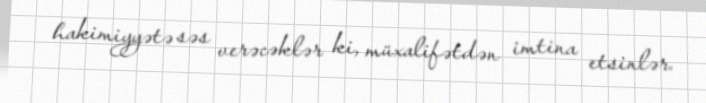
hakimiyyətə səs verəcəklər ki, müxalifətdən imtina etsinlər.